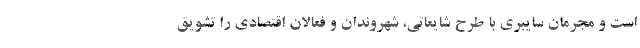
است و مجرمان سایبری با طرح شایعاتی، شهروندان و فعالان اقتصادی را تشویق